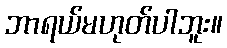
ဘာရယ်မဟုတ်ပါဘူး။